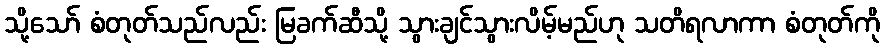
သို့သော် စံတုတ်သည်လည်း မြခက်ဆီသို့ သွားချင်သွားလိမ့်မည်ဟု သတိရလာကာ စံတုတ်ကို